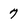
Character: 7